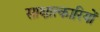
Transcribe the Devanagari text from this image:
साक्षात्कारियों